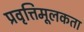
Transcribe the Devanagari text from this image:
प्रवृत्तिमूलकता